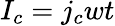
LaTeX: I_{c}=j_{c}wt